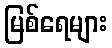
မြစ်ရေများ